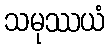
သမုဿယံ